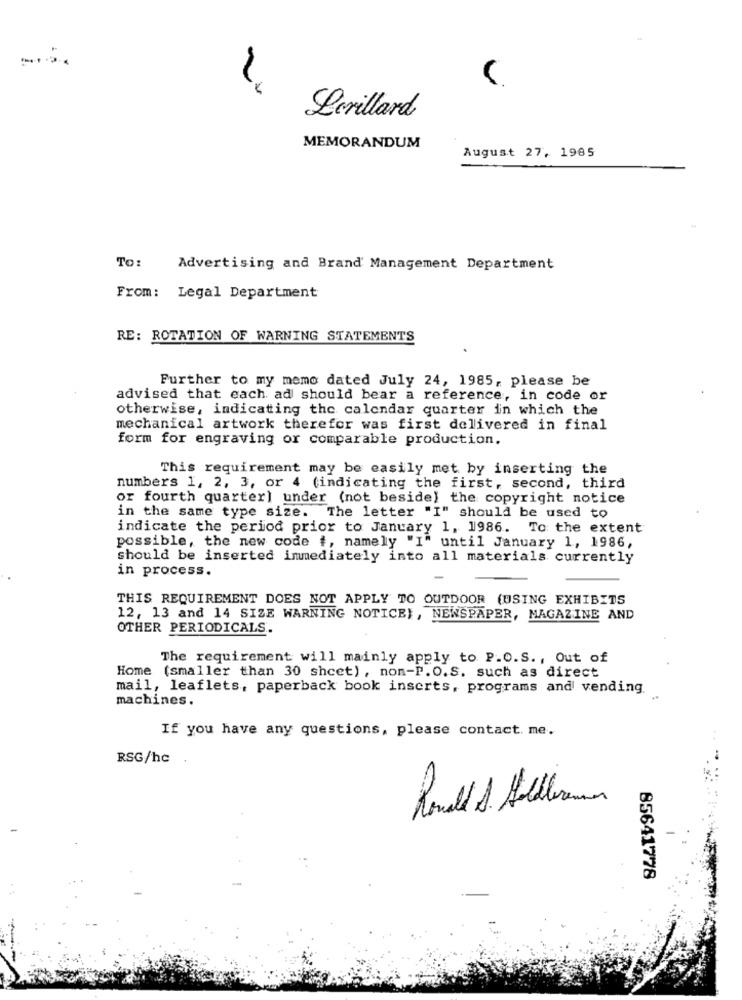
Lorillard
MEMORANDUM
August 27, 1985
To:
Advertising and Brand Management Department
From: Legal Department
RE: ROTATION OF WARNING STATEMENTS
Further to my memo dated July 24, 1985, please be
advised that each ad should bear a reference, in code or
otherwise, indicating the calendar quarter in which the
mechanical artwork therefor was first delivered in final
form for engraving or comparable production.
This requirement may be easily met by inserting the
numbers 1, 2, 3, or 4 (indicating the first, second, third
or fourth quarter) under (not beside) the copyright notice
in the same type size. The letter "I" should be used to
indicate the period prior to January 1, 1986. To the extent
possible, the new code #, namely "I" until January 1, 1986,
should be inserted immediately into all materials currently
in process.
THIS REQUIREMENT DOES NOT APPLY TO OUTDOOR (USING EXHIBITS
12, 13 and 14 SIZE WARNING NOTICE}, NEWSPAPER, MAGAZINE AND
OTHER PERIODICALS.
The requirement will mainly apply to P.O.S ., Out of
Home (smaller than 30 shcet), non-P. O.S. such as direct
mail, leaflets, paperback book inserts, programs and vending.
machines.
If you have any questions, please contact. me.
RSG/hc
85641778